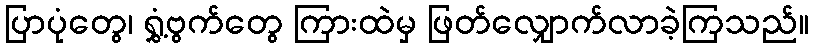
ပြာပုံတွေ၊ ရွှံ့ဗွက်တွေ ကြားထဲမှ ဖြတ်လျှောက်လာခဲ့ကြသည်။